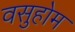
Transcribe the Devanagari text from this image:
वसुहोम